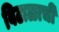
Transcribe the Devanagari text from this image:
विटाळाची